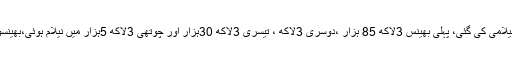
وزیراعظم سادگی مہم کے تحت 8بھینسوں کی نیلامی کی گئی، پہلی بھینس 3لاکھ 85 ہزار ،دوسری 3لاکھ ، تیسری 3لاکھ 30ہزار اور چوتھی 3لاکھ 5ہزار میں نیلام ہوئی،بھینسوں کے ساتھ چار کٹیاں ایک کٹا بھی نیلام ہوئیں۔